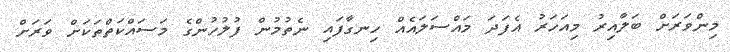
މިންވަރަށް ބަލާއިރު މިއަހަރު އެފަދަ މައްސަލައެއް ހިނގާފައި ނެތުމުން ފުލުހުންގެ މަސައްކަތްތަކަށް ވަރަށް